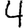
Digit: 4